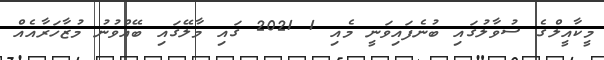
މީކާއީލްގެ ސުވާލުގައި ބުނެފައިވަނީ މެއި 1 2021 ގައި މާލޭގައި ބޭއްވުނު މުޒާހަރާއެއް